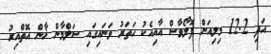
އަދި 12.2 މިލިއަން ފޮލޯވާސް އާއިއެކު ހަތަރު ވަނައިގައި ސަލްމާން ޚާން އޮތްއިރު